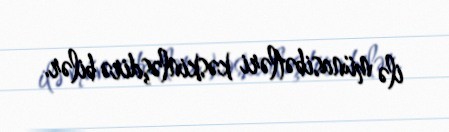
ilə münasibətləri kəskinləşdirə bilər.